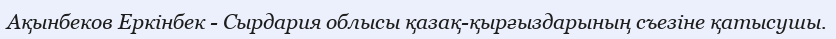
Ақынбеков Еркінбек - Сырдария облысы қазақ-қырғыздарының съезіне қатысушы.